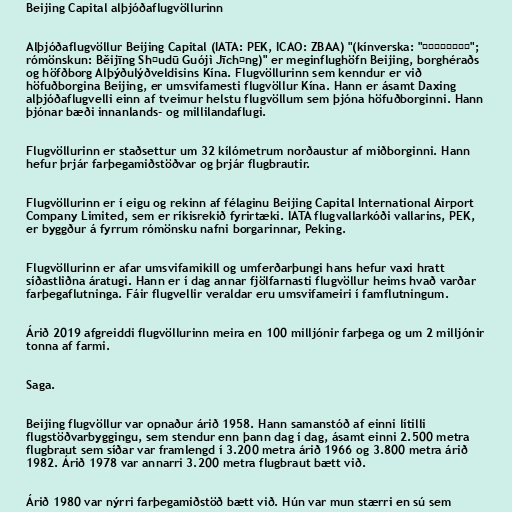
Beijing Capital alþjóðaflugvöllurinn

Alþjóðaflugvöllur Beijing Capital (IATA: PEK, ICAO: ZBAA) "(kínverska: "北京首都国际机场";
rómönskun: Běijīng Shǒudū Guójì Jīchǎng)" er meginflughöfn Beijing, borghéraðs
og höfðborg Alþýðulýðveldisins Kína. Flugvöllurinn sem kenndur er við
höfuðborgina Beijing, er umsvifamesti flugvöllur Kína. Hann er ásamt Daxing
alþjóðaflugvelli einn af tveimur helstu flugvöllum sem þjóna höfuðborginni. Hann
þjónar bæði innanlands- og millilandaflugi.

Flugvöllurinn er staðsettur um 32 kílómetrum norðaustur af miðborginni. Hann
hefur þrjár farþegamiðstöðvar og þrjár flugbrautir.

Flugvöllurinn er í eigu og rekinn af félaginu Beijing Capital International Airport
Company Limited, sem er ríkisrekið fyrirtæki. IATA flugvallarkóði vallarins, PEK,
er byggður á fyrrum rómönsku nafni borgarinnar, Peking.

Flugvöllurinn er afar umsvifamikill og umferðarþungi hans hefur vaxi hratt
síðastliðna áratugi. Hann er í dag annar fjölfarnasti flugvöllur heims hvað varðar
farþegaflutninga. Fáir flugvellir veraldar eru umsvifameiri í famflutningum.

Árið 2019 afgreiddi flugvöllurinn meira en 100 milljónir farþega og um 2 milljónir
tonna af farmi.

Saga.

Beijing flugvöllur var opnaður árið 1958. Hann samanstóð af einni lítilli
flugstöðvarbyggingu, sem stendur enn þann dag í dag, ásamt einni 2.500 metra
flugbraut sem síðar var framlengd í 3.200 metra árið 1966 og 3.800 metra árið
1982. Árið 1978 var annarri 3.200 metra flugbraut bætt við.

Árið 1980 var nýrri farþegamiðstöð bætt við. Hún var mun stærri en sú sem